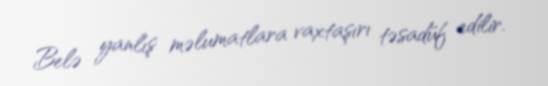
Belə yanlış məlumatlara vaxtaşırı təsadüf edilir.